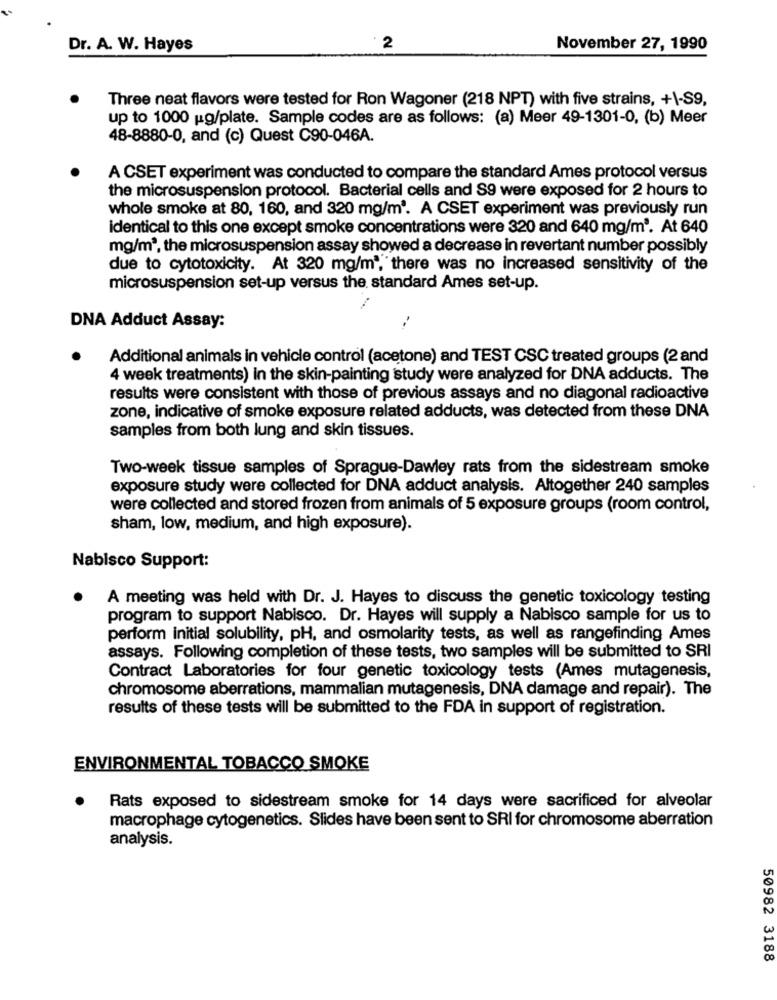
Dr. A. W. Hayes
2
November 27, 1990
Three neat flavors were tested for Ron Wagoner (218 NPT) with five strains, +\-S9,
up to 1000 ug/plate. Sample codes are as follows: (a) Meer 49-1301-0, (b) Meer
48-8880-0, and (c) Quest C90-046A.
A CSET experiment was conducted to compare the standard Ames protocol versus
the microsuspension protocol. Bacterial cells and S9 were exposed for 2 hours to
whole smoke at 80, 160, and 320 mg/m'. A CSET experiment was previously run
identical to this one except smoke concentrations were 320 and 640 mg/m3. At 640
mg/m3, the microsuspension assay showed a decrease in revertant number possibly
due to cytotoxicity. At 320 mg/m", there was no increased sensitivity of the
microsuspension set-up versus the standard Ames set-up.
DNA Adduct Assay:
Additional animals in vehicle control (acetone) and TEST CSC treated groups (2 and
4 week treatments) In the skin-painting study were analyzed for DNA adducts. The
results were consistent with those of previous assays and no diagonal radioactive
zone, indicative of smoke exposure related adducts, was detected from these DNA
samples from both lung and skin tissues.
Two-week tissue samples of Sprague-Dawley rats from the sidestream smoke
exposure study were collected for DNA adduct analysis. Altogether 240 samples
were collected and stored frozen from animals of 5 exposure groups (room control,
sham, low, medium, and high exposure).
Nabisco Support:
A meeting was held with Dr. J. Hayes to discuss the genetic toxicology testing
program to support Nabisco. Dr. Hayes will supply a Nabisco sample for us to
perform initial solubility, pH, and osmolarity tests, as well as rangefinding Ames
assays. Following completion of these tests, two samples will be submitted to SRI
Contract Laboratories for four genetic toxicology tests (Ames mutagenesis,
chromosome aberrations, mammalian mutagenesis, DNA damage and repair). The
results of these tests will be submitted to the FDA in support of registration.
ENVIRONMENTAL TOBACCO SMOKE
Rats exposed to sidestream smoke for 14 days were sacrificed for alveolar
macrophage cytogenetics. Slides have been sent to SRI for chromosome aberration
analysis.
50982 3188